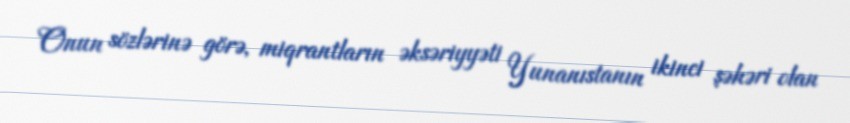
Onun sözlərinə görə, miqrantların əksəriyyəti Yunanıstanın ikinci şəhəri olan